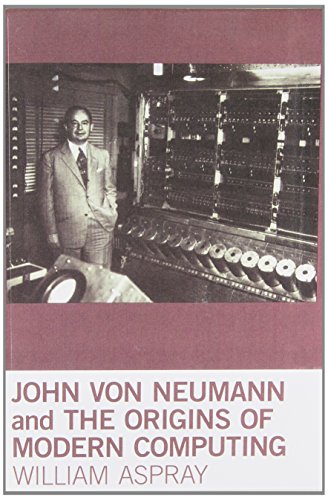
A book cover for John von Neumann and the Origins of Modern Computing (History of Computing); William Aspray; Computers & Technology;